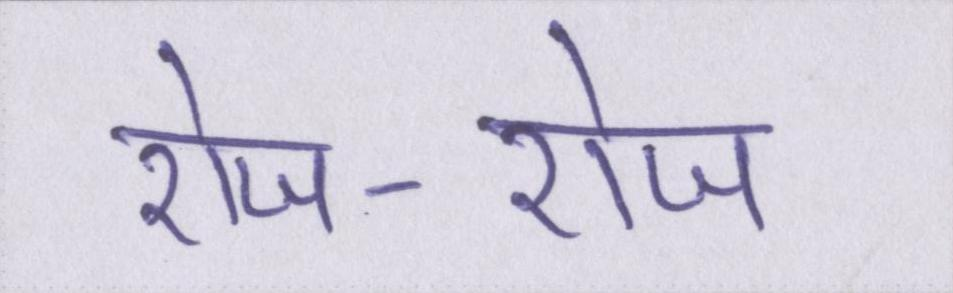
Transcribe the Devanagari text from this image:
रोज-रोज